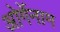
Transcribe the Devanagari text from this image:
ओर्गेनाम